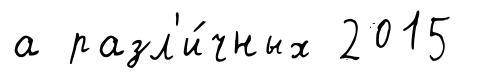
а разл'и́чных 2015